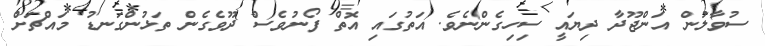
ސުވާލުން އަންޖޫދާ ދިޔައީ ސިހިގެންނެވެ. އަތުގައި އޮތް ފޯނުވެސް ދޫވެގެން ތަޅުންގަނޑު މައްޗަށް